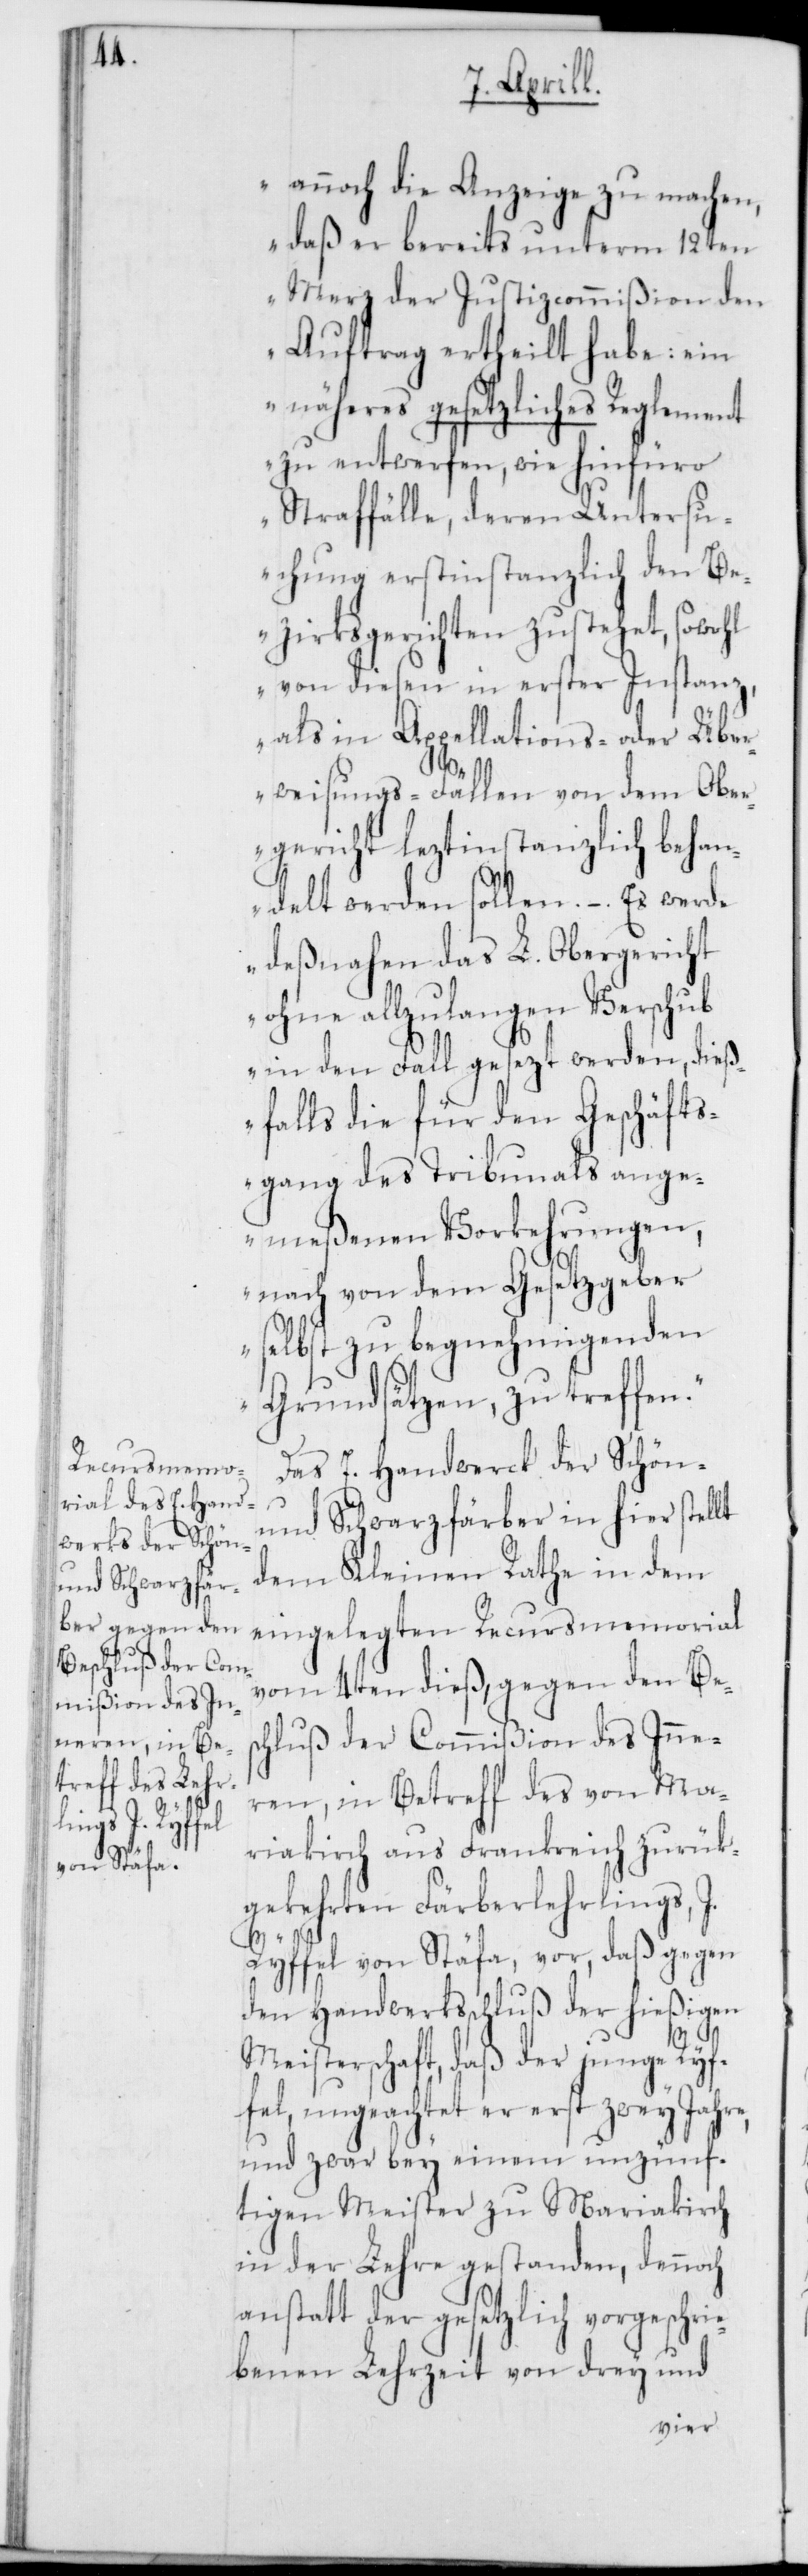
annoch die Anzeige zu machen,
daß er bereits unterm 12ten
Merz der Justizcommißion den
Auftrag ertheilt habe: ein
näheres gesetzliches Reglement
zu entwerfen, wie hinfüro
Strafffälle, deren Untersu¬
chung erstinstanzlich den B¬
ezirksgerichten zustehet, sowohl
von diesen in erster Instanz,
als in Appellations- oder Übe¬
rweisungs-Fällen von dem Ober¬
gericht leztinstanzlich behan¬
delt werden sollen. – . Es werde
deßnahen das L. Obergericht
ohne allzu langen Verschub
in den Fall gesezt werden, dieß¬
falls die für den Geschäfts¬
gang des Tribunals ange¬
meßenen Vorkehrungen,
nach von dem Gesetzgeber
selbst zu begnehmigenden
Grundsätzen, zu treffen.“
Das E. Handwerck der Schön-
und Schwarzfärber in hier stellt
dem Kleinen Rathe in dem
eingelegten Recursmemorial
vom 4ten dieß, gegen den Bes¬
chluß der Commißion des Inner¬
en, in Betreff des von Ma¬
riakirch aus Frankreich zurück¬
gekehrten Färberlehrlings
J.
Ryffel von Stäfa, vor, daß gegen
den Handwerksschluß der hießigen
Meisterschaft, daß der junge Ryf¬
fel ungeachtet er erst zwey Jahre,
und zwar bey einem unzünf¬
tigen Meister zu Mariakirch
in der Lehre gestanden, dennoch
anstatt der gesetzlich vorgeschri¬
ebenen Lehrzeit von drey und